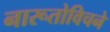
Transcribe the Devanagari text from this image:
नारूतोविचने